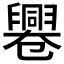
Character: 𠨩